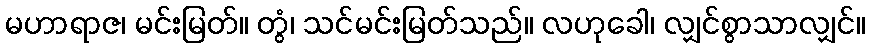
မဟာရာဇ၊ မင်းမြတ်။ တွံ၊ သင်မင်းမြတ်သည်။ လဟုခေါ၊ လျှင်စွာသာလျှင်။